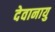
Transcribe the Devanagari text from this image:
देवानायु